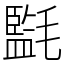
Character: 㲯